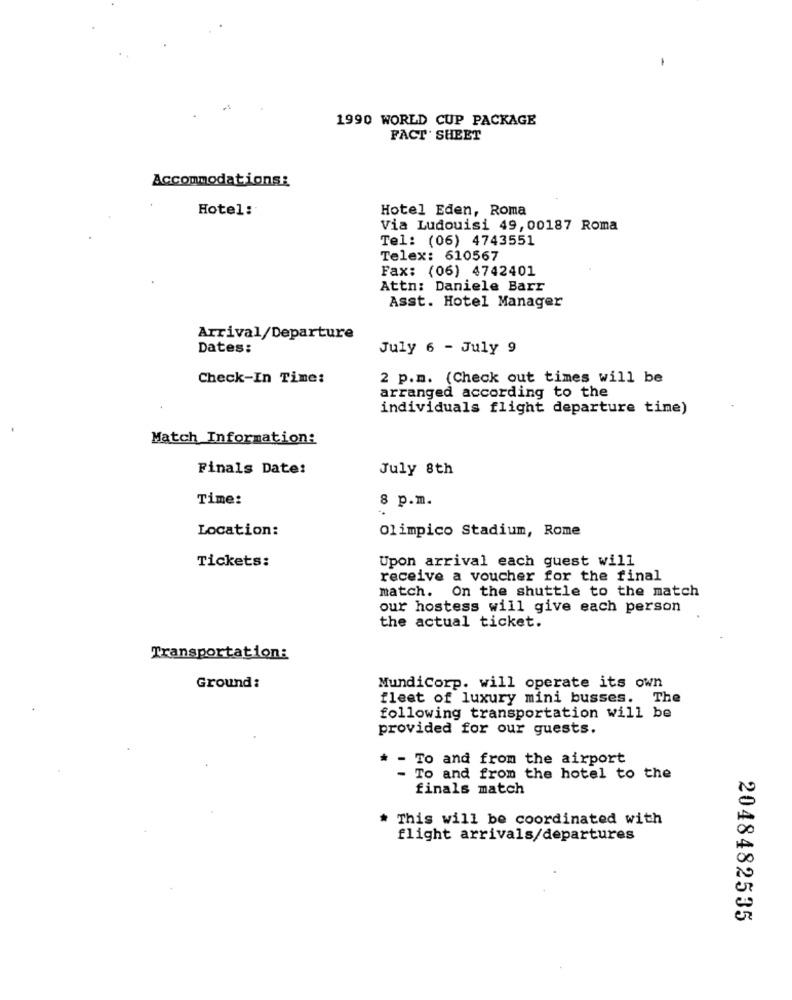
1990 WORLD CUP PACKAGE
FACT SHEET
Accommodations:
Hotel:
Hotel Eden, Roma
Via Ludouisi 49,00187 Roma
Tel: (06) 4743551
Telex: 610567
Fax: (06) 4742401
Attn: Daniele Barr
Asst. Hotel Manager
Arrival/Departure
Dates:
July 6 - July 9
Check-In Time:
2 p.m. (Check out times will be
arranged according to the
individuals flight departure time)
.
Match Information:
Finals Date:
July 8th
Time:
8 p.m.
Location:
Olimpico Stadium, Rome
Tickets:
Upon arrival each guest will
receive a voucher for the final
match. On the shuttle to the match
our hostess will give each person
the actual ticket.
Transportation:
Ground:
MundiCorp. will operate its own
fleet of luxury mini busses. The
following transportation will be
provided for our guests.
* - To and from the airport
- To and from the hotel to the
finals match
This will be coordinated with
flight arrivals/departures
2048482535